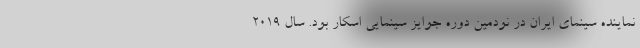
نماینده سینمای ایران در نودمین دوره جوایز سینمایی اسکار بود. سال ۲۰۱۹